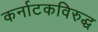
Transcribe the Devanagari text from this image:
कर्नाटकविरुद्ध